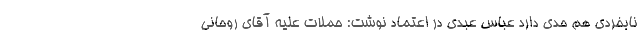
نابخردی هم حدی دارد عباس عبدی در اعتماد نوشت: حملات علیه آقای روحانی